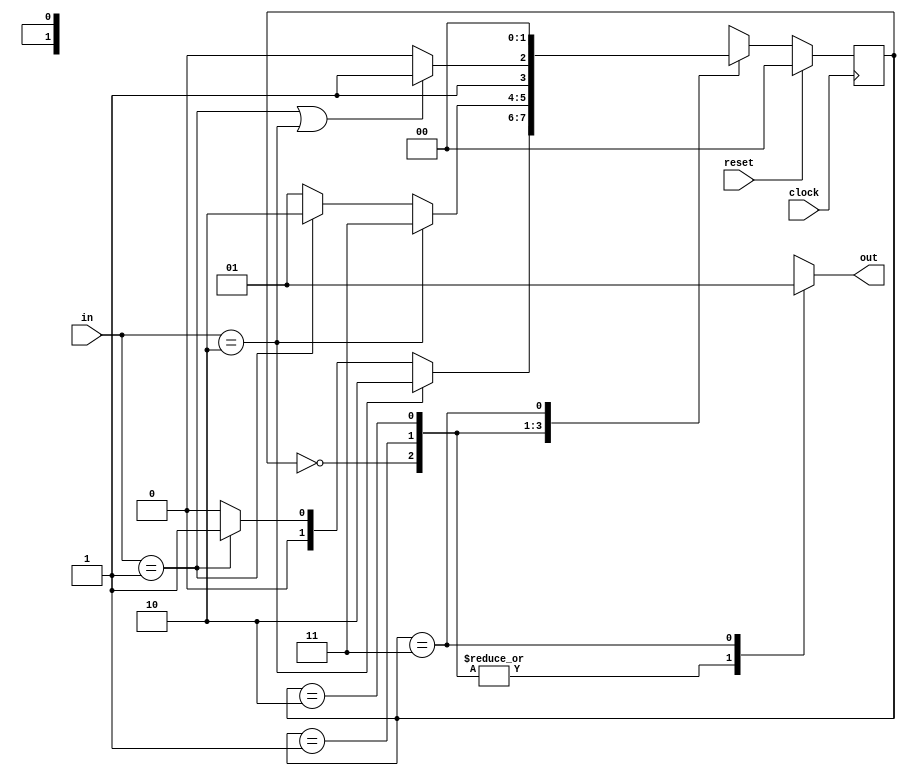
//Vending machine which takes nickles and dimes as inputs and gives out candy when you insert 15 cents.

`define A 2'd0  //Initial State
`define B 2'd1  //State with 5 cents
`define C 2'd2  //State with 10 cents
`define D 2'd3  //State with 15 cents
 
module vending_machine (clock,reset,in,out);
input clock,reset;
input [1:0] in;
output out;
reg out;
reg [1:0] state;
reg [1:0] next_state;

always @ (posedge clock)
begin
if (reset)
	state <= `A;
else
	state <= next_state;
end

always @ (*)
begin
case(state)
`A:
	if (in == 2'b10)
	begin
		next_state = `C;
		out <= 1'b0;
	end
	else if (in == 2'b01)
	begin
		next_state = `B;
		out <= 1'b0;
	end
	else
	begin
		next_state = `A;
		out <= 1'b0;
	end

`B:
	if (in == 2'b10)
	begin
		next_state = `D;
		out <= 1'b0;
	end
	else if (in == 2'b01)
	begin
		next_state = `C;
		out <= 1'b0;
	end
	else 
	begin
		next_state = `B;
		out <= 1'b0;
	end

`C:
	if (in == 2'b01 || in == 2'b10)
	begin
		next_state = `D;
		out <= 1'b0;
	end
	else 
	begin
		next_state = `C;
		out <= 1'b0;
	end

`D:
	begin
		next_state = `A;
		out <= 1'b1;
	end

default:
	begin
		next_state = `A;
		out <= 1'b0;
	end
endcase
end 
endmodule